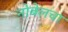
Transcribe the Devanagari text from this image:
नोबेलचा